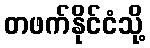
တဖက်နိုင်ငံသို့